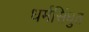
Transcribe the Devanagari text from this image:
धर्मसिंधुत